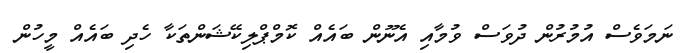
ނަމަވެސް އުމުރުން ދުވަސް ވުމާއި އެނޫން ބައެއް ކޮމްޕްލިކޭޝަންތަކާ ހެދި ބައެއް މީހުން